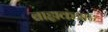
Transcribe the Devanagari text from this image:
बाह्यकंत्राट